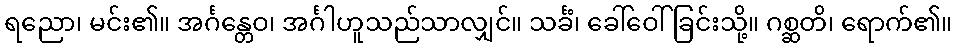
ရညော၊ မင်း၏။ အင်္ဂန္တေဝ၊ အင်္ဂါဟူသည်သာလျှင်။ သင်္ခံ၊ ခေါ်ဝေါ်ခြင်းသို့။ ဂစ္ဆတိ၊ ရောက်၏။